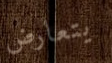
يتعارض